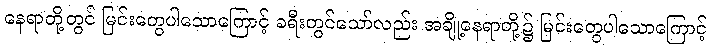
နေရာတို့တွင် မြင်းတွေပါသောကြောင့် ခရီးတွင်သော်လည်း အချို့နေရာတို့၌ မြင်းတွေပါသောကြောင့်